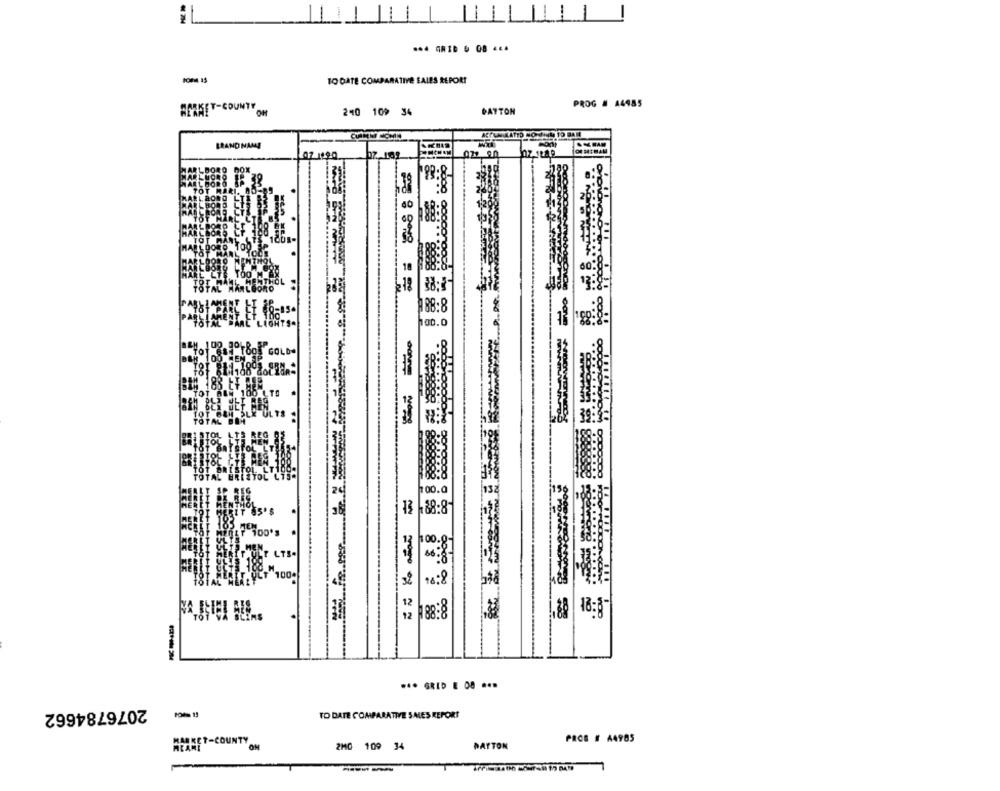
TO DATE COMPARATIVE SALES REPORT
PROG # A4485
AMIKET-COUNTY OFF
240 109 34
DAYTON
BRAND NAME
07 1490
198:8-
18
12:8-
188:8
100.0
BI# 183 ₺
TO1 MLN 100 LTO
TOT BUN OL
TOTAL DO
100.a
3 -88:8
16:8
188:8
18:8
= == ==
*** GRID E 08 ...
2076784662
TO DATE COMPARATIVE SALES REPORT
FEARET-COUNTY
"OH
DATTON
PROS # A4985
2MO 109 34